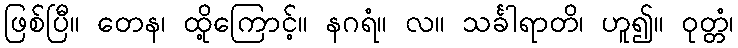
ဖြစ်ပြီ။ တေန၊ ထို့ကြောင့်။ နဂရံ။ လ။ သင်္ခါရာတိ၊ ဟူ၍။ ဝုတ္တံ၊